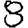
Digit: 8